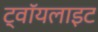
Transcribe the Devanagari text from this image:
ट्वॉयलाइट